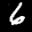
Label: 6